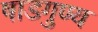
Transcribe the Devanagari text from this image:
षाडगुण्य